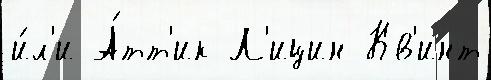
и́л'и А́тт'ик Л'ицин Кв'инт